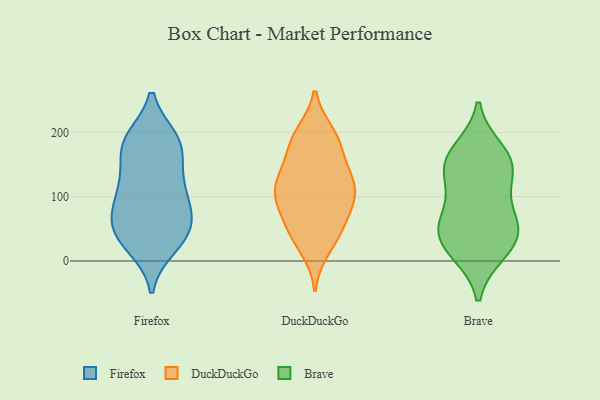
{"axis": {"x": "Active Users", "y": "Value"}, "legend": ["Brave", "DuckDuckGo", "Firefox"], "data": [{"x": "", "y": 34, "type": "Firefox"}, {"x": "", "y": 189, "type": "Firefox"}, {"x": "", "y": 117, "type": "Firefox"}, {"x": "", "y": 98, "type": "Firefox"}, {"x": "", "y": 45, "type": "Firefox"}, {"x": "", "y": 23, "type": "Firefox"}, {"x": "", "y": 173, "type": "Firefox"}, {"x": "", "y": 72, "type": "Firefox"}, {"x": "", "y": 181, "type": "Firefox"}, {"x": "", "y": 56, "type": "Firefox"}, {"x": "", "y": 188, "type": "Firefox"}, {"x": "", "y": 130, "type": "Firefox"}, {"x": "", "y": 32, "type": "Firefox"}, {"x": "", "y": 65, "type": "Firefox"}, {"x": "", "y": 82, "type": "Firefox"}, {"x": "", "y": 183, "type": "Firefox"}, {"x": "", "y": 122, "type": "Firefox"}, {"x": "", "y": 79, "type": "DuckDuckGo"}, {"x": "", "y": 187, "type": "DuckDuckGo"}, {"x": "", "y": 41, "type": "DuckDuckGo"}, {"x": "", "y": 20, "type": "DuckDuckGo"}, {"x": "", "y": 53, "type": "DuckDuckGo"}, {"x": "", "y": 125, "type": "DuckDuckGo"}, {"x": "", "y": 108, "type": "DuckDuckGo"}, {"x": "", "y": 124, "type": "DuckDuckGo"}, {"x": "", "y": 191, "type": "DuckDuckGo"}, {"x": "", "y": 102, "type": "DuckDuckGo"}, {"x": "", "y": 44, "type": "DuckDuckGo"}, {"x": "", "y": 95, "type": "DuckDuckGo"}, {"x": "", "y": 197, "type": "DuckDuckGo"}, {"x": "", "y": 143, "type": "DuckDuckGo"}, {"x": "", "y": 132, "type": "DuckDuckGo"}, {"x": "", "y": 179, "type": "DuckDuckGo"}, {"x": "", "y": 92, "type": "DuckDuckGo"}, {"x": "", "y": 42, "type": "Brave"}, {"x": "", "y": 170, "type": "Brave"}, {"x": "", "y": 114, "type": "Brave"}, {"x": "", "y": 153, "type": "Brave"}, {"x": "", "y": 20, "type": "Brave"}, {"x": "", "y": 147, "type": "Brave"}, {"x": "", "y": 15, "type": "Brave"}, {"x": "", "y": 46, "type": "Brave"}, {"x": "", "y": 69, "type": "Brave"}, {"x": "", "y": 59, "type": "Brave"}, {"x": "", "y": 149, "type": "Brave"}]}